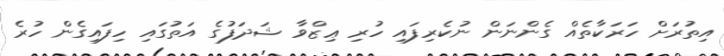
އިތުރަށް ހަރަކާތެއް ގެންނަން ނުކެރިފައި ހުރި ޢިޒްވާ ޝަދަފުގެ އަތުގައި ހިފައިގެން ހުރެ